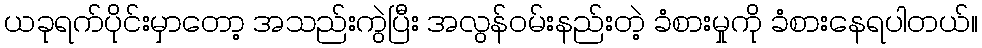
ယခုရက်ပိုင်းမှာတော့ အသည်းကွဲပြီး အလွန်ဝမ်းနည်းတဲ့ ခံစားမှုကို ခံစားနေရပါတယ်။